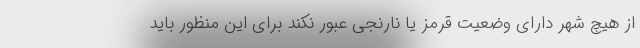
از هیچ شهر دارای وضعیت قرمز یا نارنجی عبور نکند برای این منظور باید